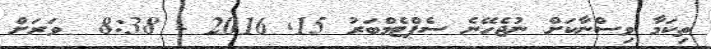
ތިކަމާ ވިސްނާކަށް ނުޖެހޭނެ ސެޕްޓެމްބަރު 15